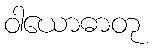
ဝါယောဓာတု